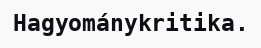
Hagyománykritika.